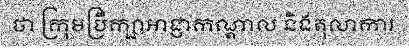
ថា ក្រុមប្រឹក្សាអាជ្ញាកណ្តាល និងតុលាការ